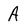
Character: A